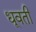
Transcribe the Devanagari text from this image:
धूवती